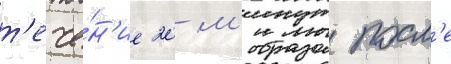
т'ече́н'ие 20 м'инут посл'е